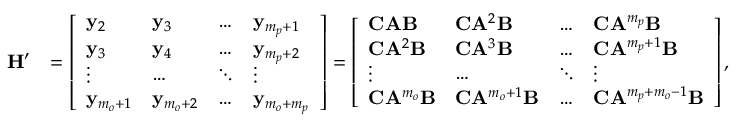
\begin{array} { r l } { \mathbf { H } ^ { \prime } } & { = \left[ \begin{array} { l l l l } { \mathbf { y } _ { 2 } } & { \mathbf { y } _ { 3 } } & { \dots } & { \mathbf { y } _ { m _ { p } + 1 } } \\ { \mathbf { y } _ { 3 } } & { \mathbf { y } _ { 4 } } & { \dots } & { \mathbf { y } _ { m _ { p } + 2 } } \\ { \vdots } & { \dots } & { \ddots } & { \vdots } \\ { \mathbf { y } _ { m _ { o } + 1 } } & { \mathbf { y } _ { m _ { o } + 2 } } & { \dots } & { \mathbf { y } _ { m _ { o } + m _ { p } } } \end{array} \right] = \left[ \begin{array} { l l l l } { \mathbf { C } \mathbf { A } \mathbf { B } } & { \mathbf { C } \mathbf { A } ^ { 2 } \mathbf { B } } & { \dots } & { \mathbf { C } \mathbf { A } ^ { m _ { p } } \mathbf { B } } \\ { \mathbf { C } \mathbf { A } ^ { 2 } \mathbf { B } } & { \mathbf { C } \mathbf { A } ^ { 3 } \mathbf { B } } & { \dots } & { \mathbf { C } \mathbf { A } ^ { m _ { p } + 1 } \mathbf { B } } \\ { \vdots } & { \dots } & { \ddots } & { \vdots } \\ { \mathbf { C } \mathbf { A } ^ { m _ { o } } \mathbf { B } } & { \mathbf { C } \mathbf { A } ^ { m _ { o } + 1 } \mathbf { B } } & { \dots } & { \mathbf { C } \mathbf { A } ^ { m _ { p } + m _ { o } - 1 } \mathbf { B } } \end{array} \right] , } \end{array}